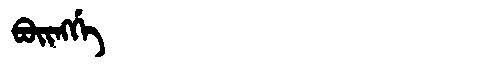
Manchu: ᠪᠣᡳᠩᡤᡝ
Romanization: BOINGGE